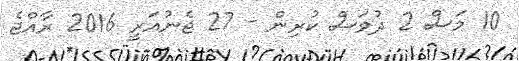
10 މަސް 2 ދުވަސް ކުރިން - 27 ޖެނުއަރީ 2016 ރާއްޖެ